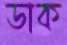
ডাক